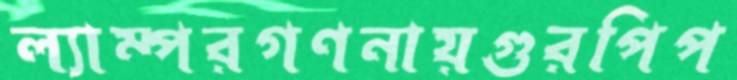
ল্যাম্পরগণনায়গুরপিপ